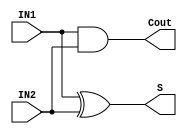
`timescale 1ns / 1ps

module HalfAdder(
    input IN1,
    input IN2,
    output reg S,
    output reg Cout
    );

always @ (IN1 or IN2)
    begin 
        S = IN1 ^ IN2;
        Cout = IN1 & IN2;
    end

endmodule